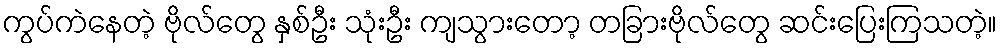
ကွပ်ကဲနေတဲ့ ဗိုလ်တွေ နှစ်ဦး သုံးဦး ကျသွားတော့ တခြားဗိုလ်တွေ ဆင်းပြေးကြသတဲ့။